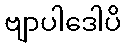
ဗျာပါဒေါပိ